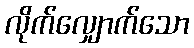
လိုက်လျှောက်သော